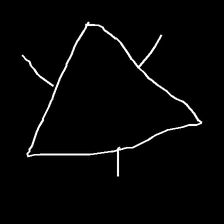
Glyph: fire